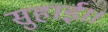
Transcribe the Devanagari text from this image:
सुहाई।।